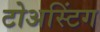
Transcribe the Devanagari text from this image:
टोअस्टिंग